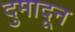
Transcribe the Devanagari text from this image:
दुमादून